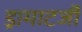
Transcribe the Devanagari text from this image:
ड्रामाटर्जी